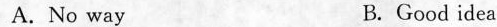
A.No way B.Good idea